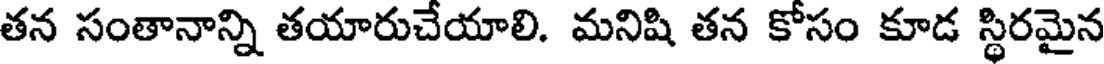
తన సంతానాన్ని తయారుచేయాలి. మనిషి తన కోసం కూడ స్థిరమైన